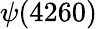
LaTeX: \psi(4260)